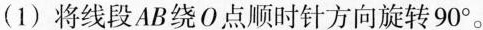
（1）将线段AB绕O点顺时针旋转90^{\circ} 。